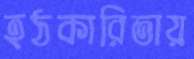
হঠকারিতায়